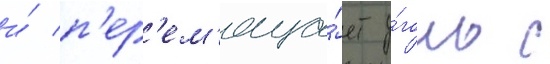
и́ п'ер'ем'еща́ет у́голь с